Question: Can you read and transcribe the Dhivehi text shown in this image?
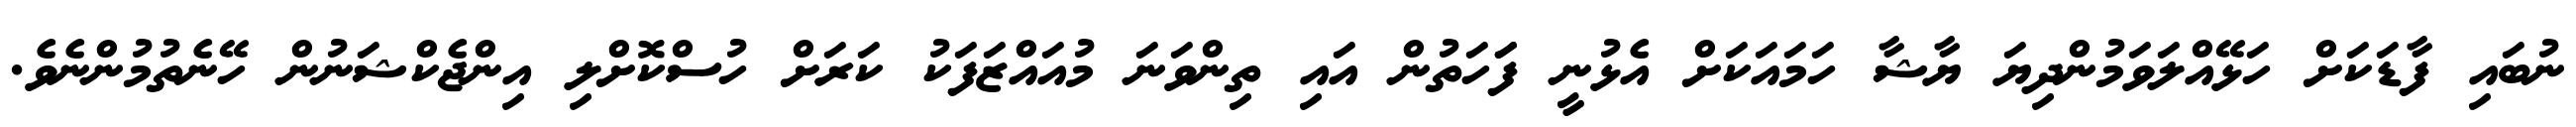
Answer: ނުބައި ފާޑަކަށް ހަޅޭއްލަވަމުންދިޔަ ޔާޝާ ހަމައަކަށް އެޅުނީ ފަަހަތުން އައި ތިންވަނަ މުއައްޒަފަކު ކަރަށް ހުސްކޮށްލި އިންޖެކްޝަނުން ހޭނެތުމުންނެވެ.